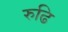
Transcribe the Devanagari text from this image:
रुढि